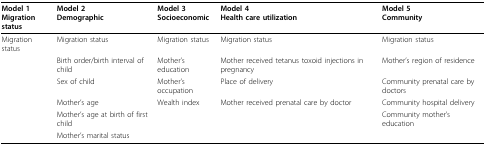
<table><thead><tr><td><b>Model 1Migration status</b></td><td><b>Model 2Demographic</b></td><td><b>Model 3Socioeconomic</b></td><td><b>Model 4Health care utilization</b></td><td><b>Model 5Community</b></td></tr></thead><tbody><tr><td>Migration status</td><td>Migration status</td><td>Migration status</td><td>Migration status</td><td>Migration status</td></tr><tr><td></td><td>Birth order/birth interval of child</td><td>Mother&#x27;s education</td><td>Mother received tetanus toxoid injections in pregnancy</td><td>Mother&#x27;s region of residence</td></tr><tr><td></td><td>Sex of child</td><td>Mother&#x27;s occupation</td><td>Place of delivery</td><td>Community prenatal care by doctors</td></tr><tr><td></td><td>Mother&#x27;s age</td><td>Wealth index</td><td>Mother received prenatal care by doctor</td><td>Community hospital delivery</td></tr><tr><td></td><td>Mother&#x27;s age at birth of first child</td><td></td><td></td><td>Community mother&#x27;s education</td></tr><tr><td></td><td>Mother&#x27;s marital status</td><td></td><td></td><td></td></tr></tbody></table>